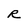
Character: R